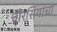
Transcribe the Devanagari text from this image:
चौरसियांचा